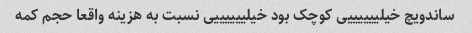
ساندویچ خیلییییییی کوچک بود خیلییییییی نسبت به هزینه واقعا حجم کمه